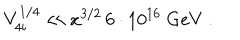
V _ { 4 i } ^ { 1 / 4 } \ll x ^ { 3 / 2 } \, 6 \cdot 1 0 ^ { 1 6 } \mathrm { ~ G e V } \; .